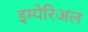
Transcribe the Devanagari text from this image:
इम्पेरिअल